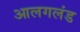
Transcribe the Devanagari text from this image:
आलगलंड